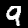
Digit: 9